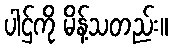
ပါဌ်ကို မိန့်သတည်း။